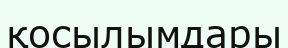
қосылымдары